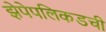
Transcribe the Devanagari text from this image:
झेपेपलिकडची